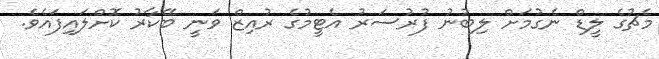
މެޗުގެ ލީޑް ނެގުމަށް ލިބުނު ފުރުސަރު އެޓީމުގެ ރުއިޒް ވަނީ ބޭކާރު ކޮށްލައިފައެވެ.